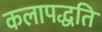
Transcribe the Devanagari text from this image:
कलापद्धति